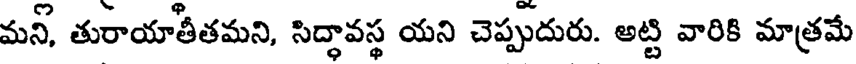
మన్, తురాయాతీతమని, సిద్ధావస్థ యని చెప్పుదురు. అట్టి వారికి మాత్రమే